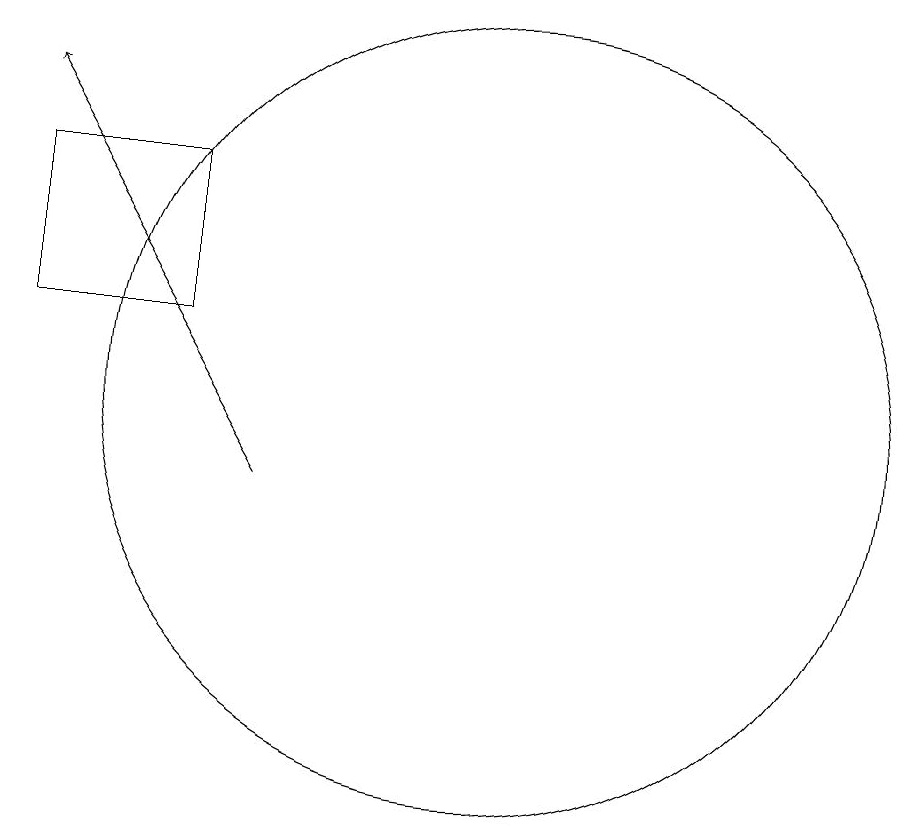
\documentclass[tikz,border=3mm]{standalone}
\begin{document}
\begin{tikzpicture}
\draw[->] (9,10) -- (6,15);
\draw (6,12) rectangle (8,14);
\draw (12,11) circle (5);
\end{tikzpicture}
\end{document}